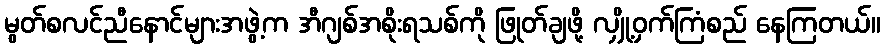
မွတ်စလင်ညီနောင်များအဖွဲ့က အီဂျစ်အစိုးရသစ်ကို ဖြုတ်ချဖို့ လျှို့ဝှက်ကြံစည် နေကြတယ်။